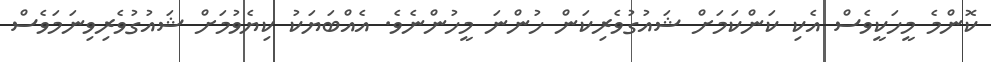
ކޮންމެ މީހަކީވެސް އެކި ކަންކަމަށް ޝައުގުވެރިކަން ހުންނަ މީހުންނެވެ. އެއްބަޔަކު ކިޔެވުމަށް ޝައުގުވެރިވިނަމަވެސް